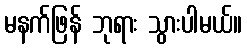
မနက်ဖြန် ဘုရား သွားပါမယ်။